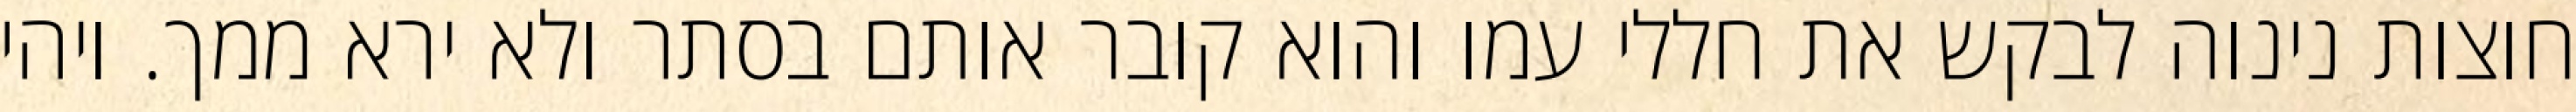
חוצות נינוה לבקש את חללי עמו והוא קובר אותם בסתר ולא ירא ממך. ויהי